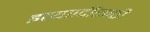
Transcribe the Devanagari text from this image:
इत्याादींसाठी